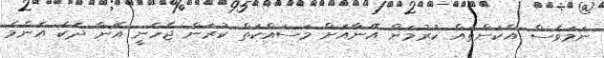
ނަމަވެސް އެކަންތައް ކުރުމަށް އޭނާއަށް މަސައްކަތް ކުރަން ޖެހެނީ އޭނާ ދެކެ އެންމެ